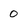
Character: 0